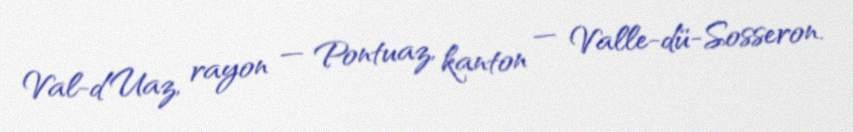
Val-d’Uaz, rayon — Pontuaz, kanton — Valle-dü-Sosseron.